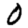
Digit: 0